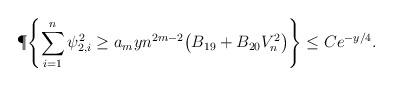
LaTeX: \begin{align*}\P\Biggl\{ \sum_{i=1}^n\psi_{2,i}^2 \geq a_m y n^{2m-2} \bigl(B_{19} +B_{20} V_n^2 \bigr) \Biggr\} \leq C e^{-y/4}. \end{align*}